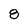
Character: 8